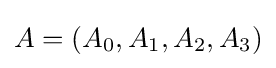
A=\left(A_{0},A_{1},A_{2},A_{3}\right)